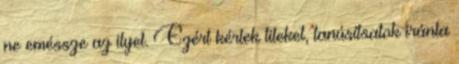
ne eméssze az ilyet. Ezért kérlek titeket, tanúsítsatok iránta